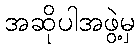
အဆိုပါအဖွဲ့မှ